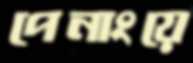
পেনাংয়ে